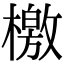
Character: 檄